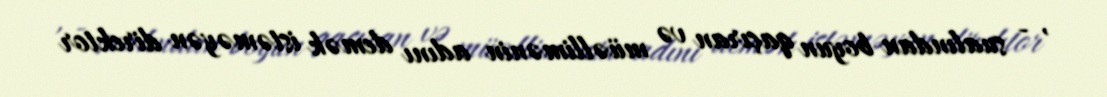
, - sualından boyun qaçıran və müəllimənin adını demək istəməyən direktor